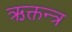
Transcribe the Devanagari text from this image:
ऋक्तन्त्र